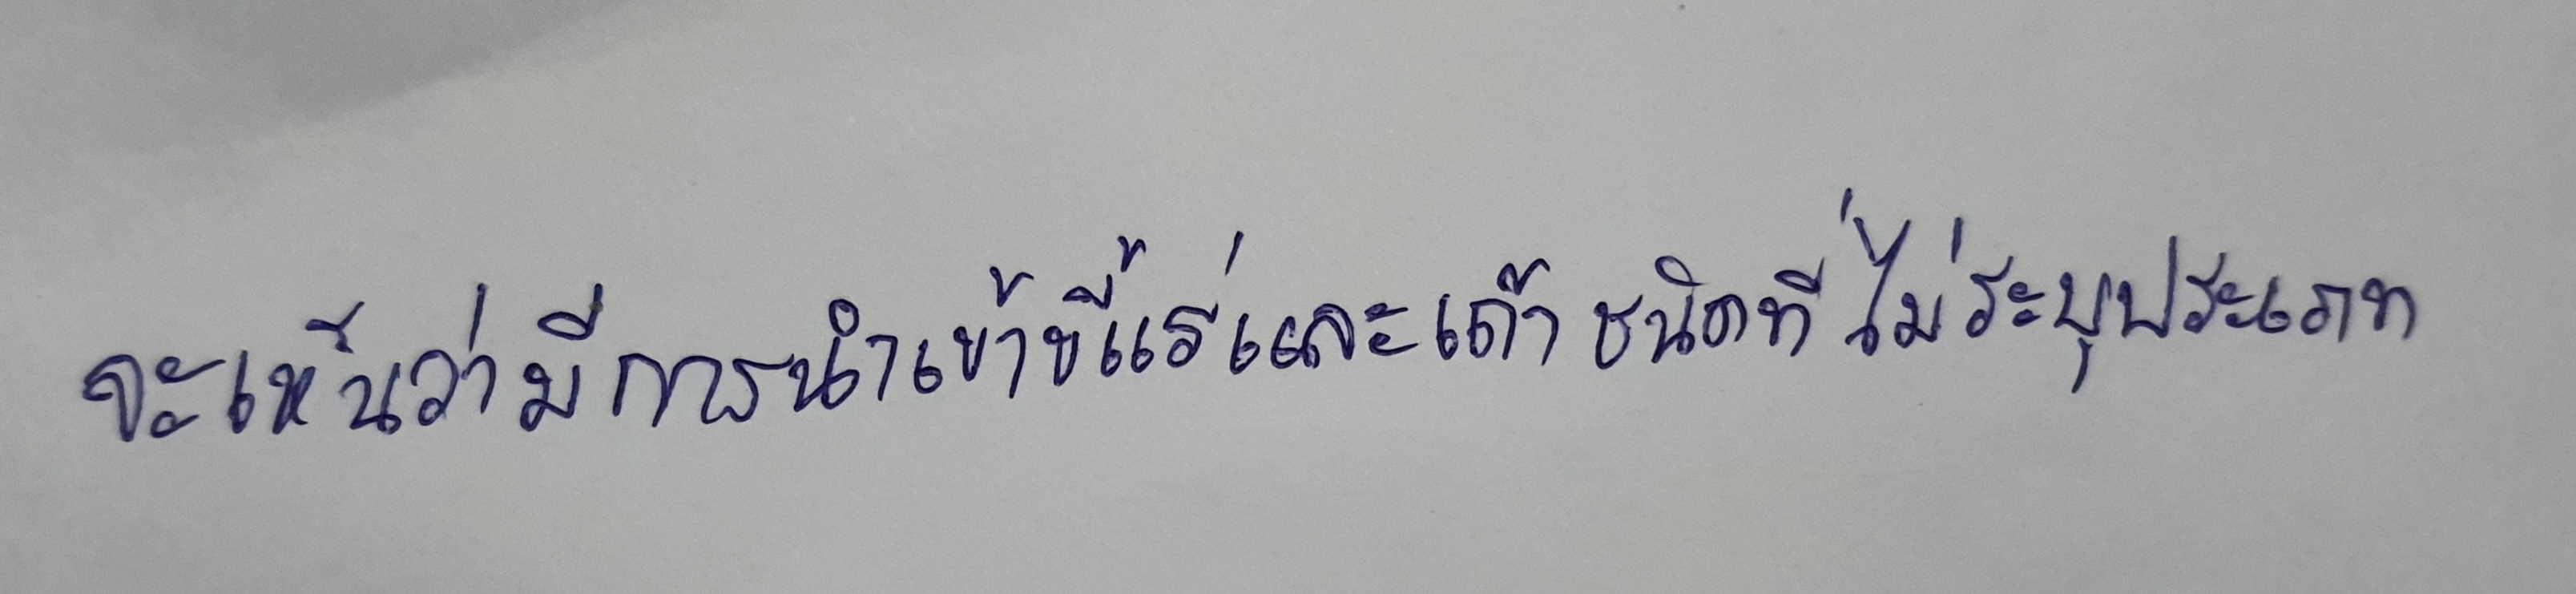
จะเห็นว่ามีการนำเข้าขี้แร่และเถ้าชนิดที่ไม่ระบุประเภท